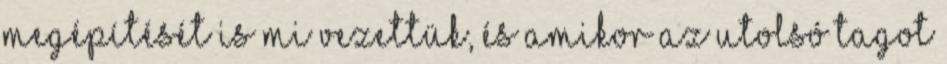
megépítését is mi vezettük, és amikor az utolsó tagot